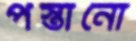
পস্তানো